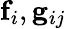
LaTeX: \mathbf{f}_{i},\mathbf{g}_{ij}